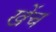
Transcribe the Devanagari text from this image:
खेंच